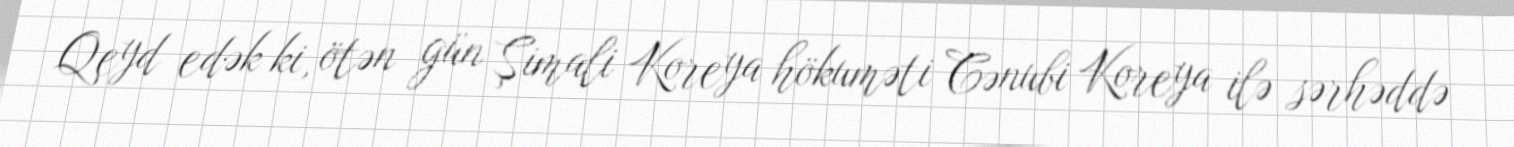
Qeyd edək ki, ötən gün Şimali Koreya hökuməti Cənubi Koreya ilə sərhəddə